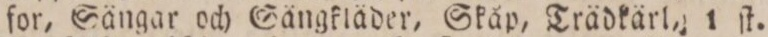
for, Sängar och Sängkläder, Skåp, Trädkärl, 1 ſt.